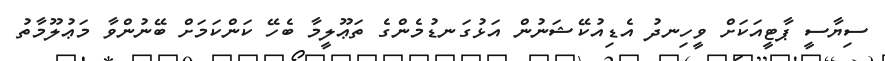
ސިޔާސީ ޕާޓީއަކަށް ވީހިނދު އެޑިއުކޭޝަނުން އަޅުގަނޑުމެންގެ ތަޢޫލީމާ ބެހޭ ކަންކަމަށް ބޭނުންވާ މަޢުލޫމާތު